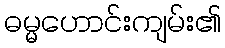
ဓမ္မဟောင်းကျမ်း၏